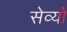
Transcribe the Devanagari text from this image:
सेव्यो